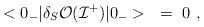
\begin{align*}<0_-| \delta_S {\cal O}({\cal I}^+) |0_->~=~0~, \end{align*}